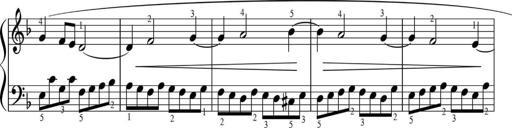
Title: Sonatinas
Composer: Andrew Violette